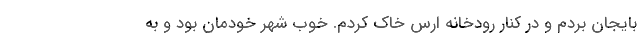
بایجان بردم و در کنار رودخانه ارس خاک کردم. خوب شهر خودمان بود و به